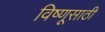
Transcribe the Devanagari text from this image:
विष्णूसाठी